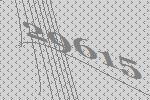
29615